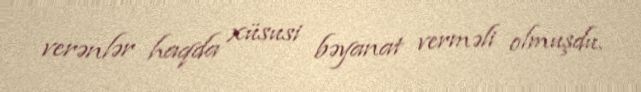
verənlər haqda xüsusi bəyanat verməli olmuşdu.